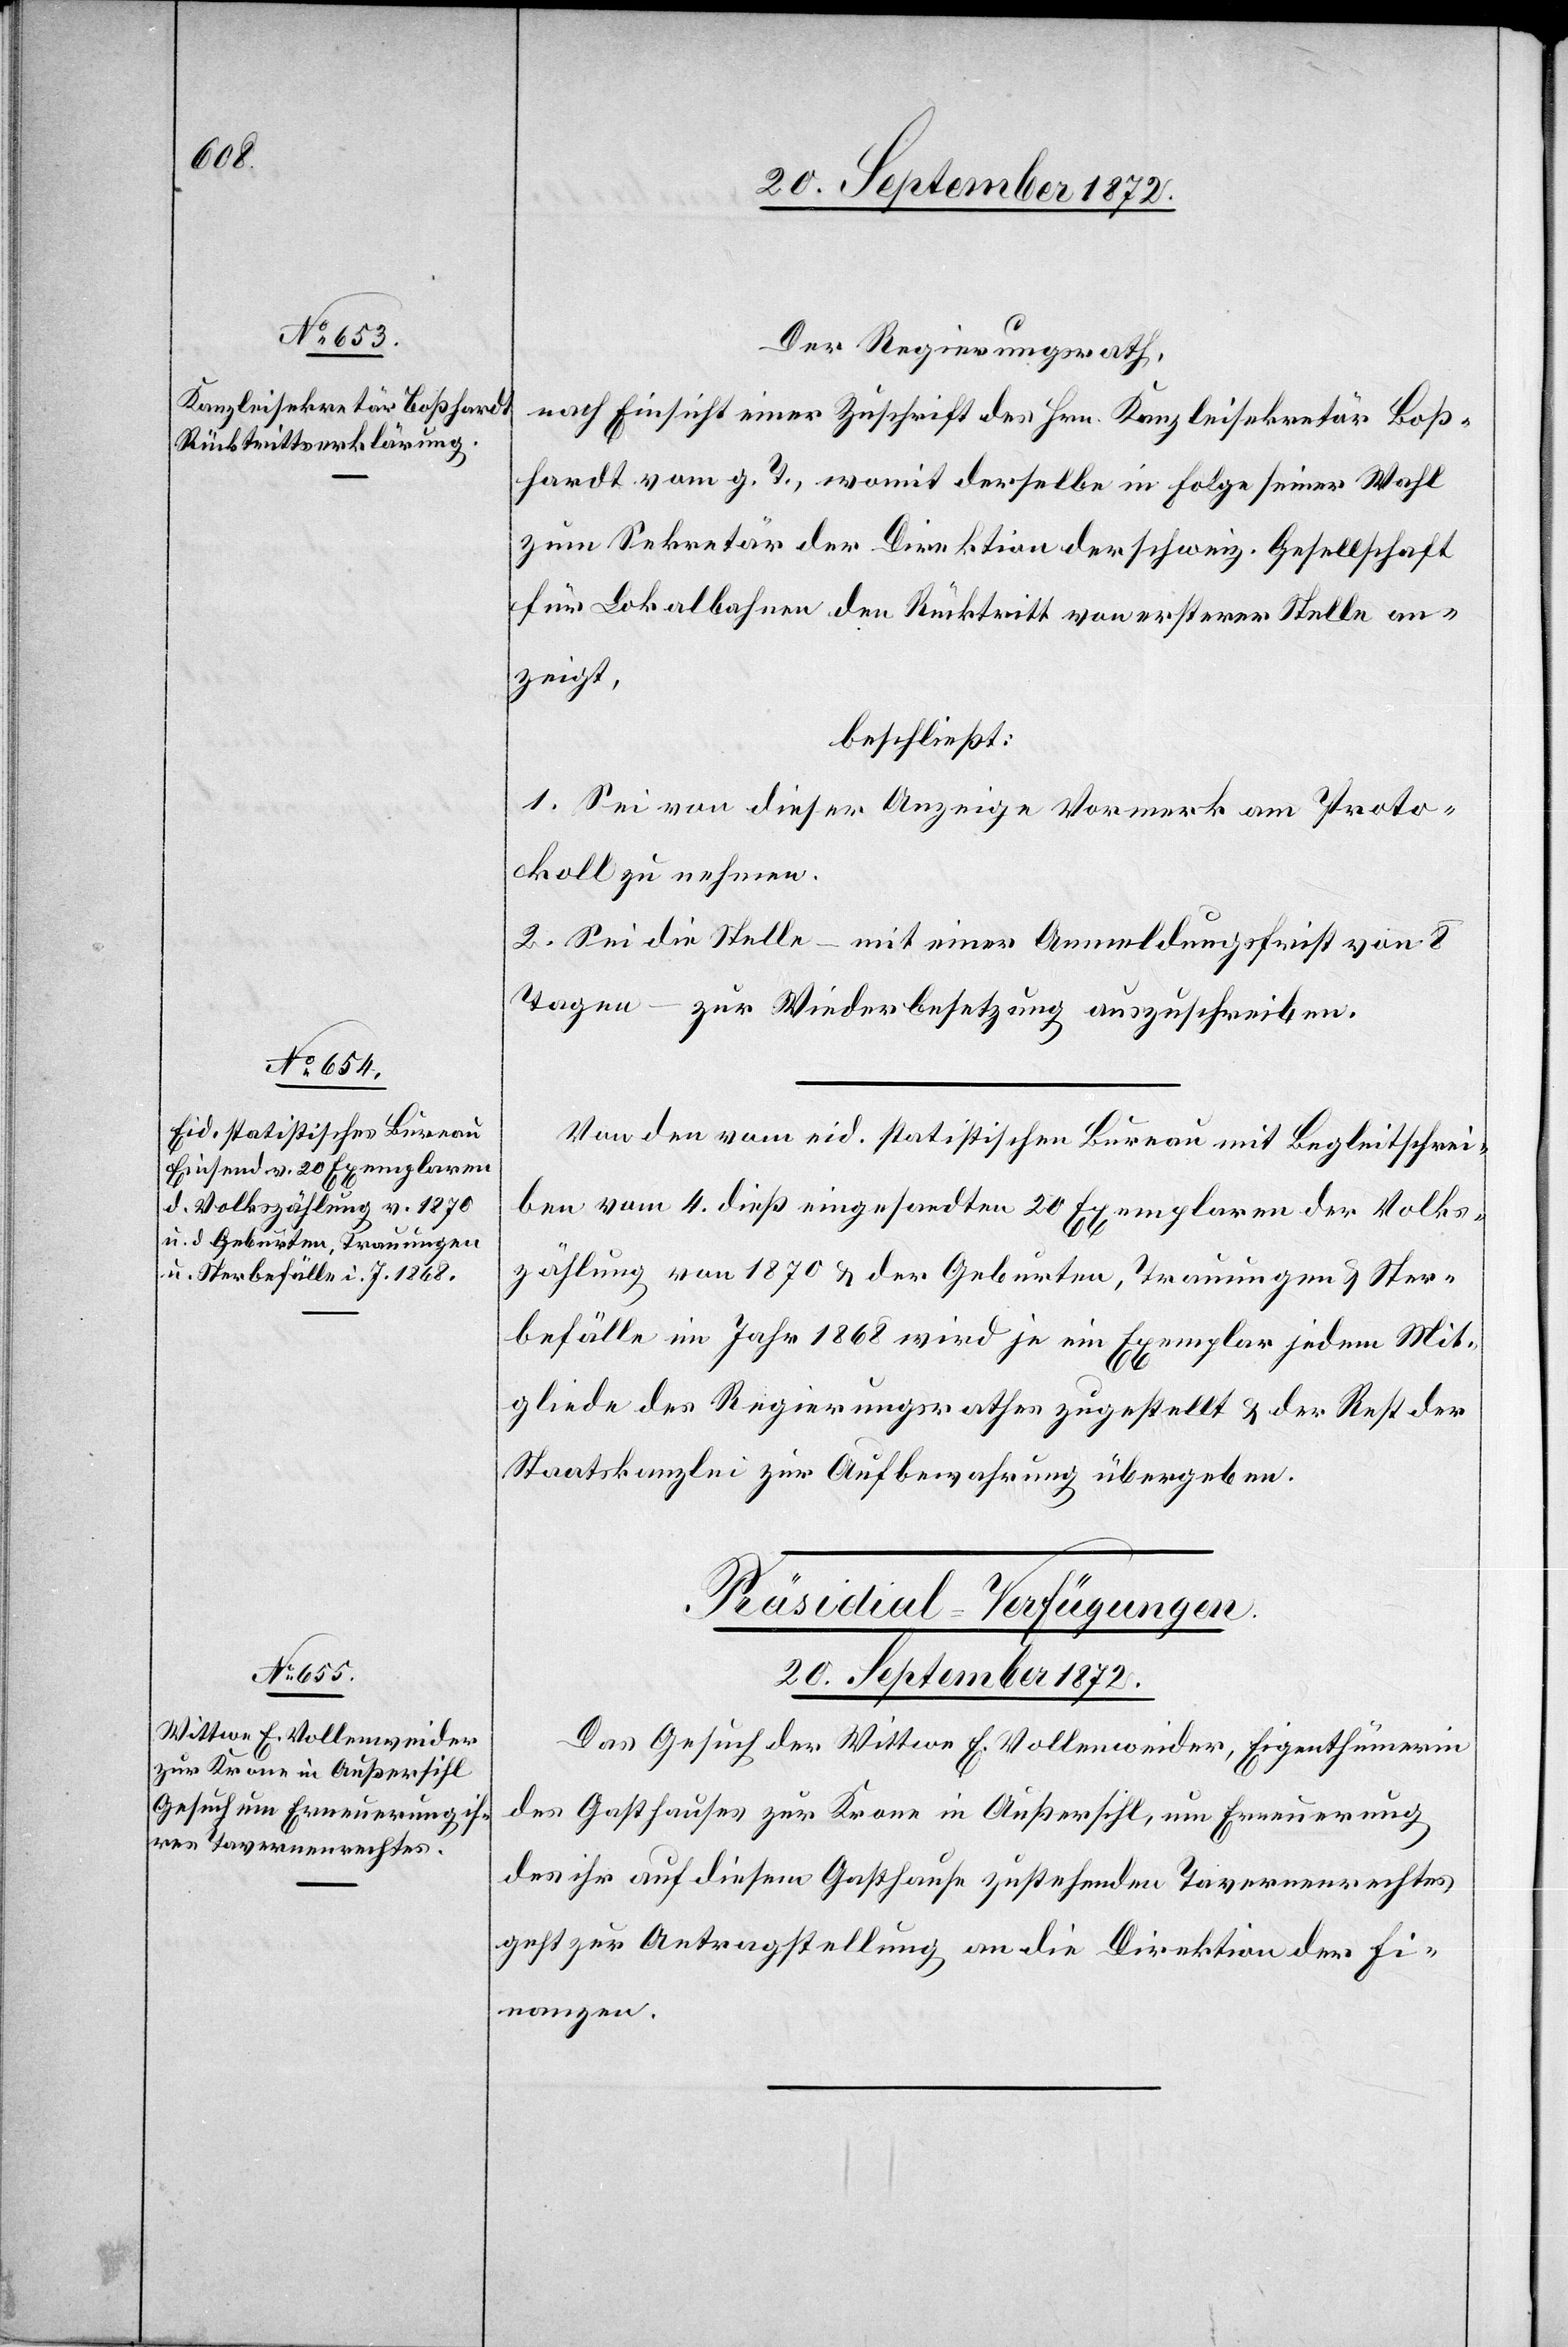
Der Regierungsrath,
nach Einsicht einer Zuschrift des Hrn. Kanzleisekretär Boß¬
hardt vom g. T., womit derselbe in Folge seiner Wahl
zum Sekretär der Direktion der schweiz. Gesellschaft
für Lokalbahnen den Rücktritt von ersterer Stelle an¬
zeigt,
beschließt:
1. Sei von dieser Anzeige Vormerk am Proto¬
koll zu nehmen.
2. Sei die Stelle – mit einer Anmeldungsfrist von 8
Tagen – zur Wiederbesetzung auszuschreiben.
Von en vom eid. statistisches Bureau mit Begleitschrei¬
ben vom 4. dieß eingesandten 20 Exemplaren der Volks¬
zählung von 1870 u. der Geburten, Trauungen u. Ster¬
befälle im Jahr 1868 wird je ein Exemplare jedem Mit¬
gliede des Regierungsrathes zugestellt u. der Rest der
Staatskanzlei zur Aufbewahrung übergeben.
Präsidial-Verfügungen.
20. September 1872.
Das Gesuch der Wittwe E. Vollenweider, Eigenthümerin
des Gasthauses zur Krone in Außersihl, um Erneuerung
des ihr auf diesem Gasthause zustehenden Tavernenrechtes
geht zur Antragstellung an die Direktion der Fi¬
nanzen.